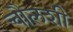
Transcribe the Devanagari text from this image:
चौलशी